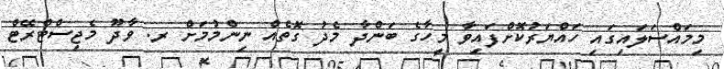
މިމައްސަލައިގައި ހައްޔަރުކޮށްފައިވާ މީހާގެ ބަންދާ މެދު ގޮތެއް ނިންމުމަށް ރ. ވާދޫ މެޖިސްޓްރޭޓް